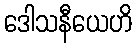
ဒေါသနီယေဟိ